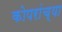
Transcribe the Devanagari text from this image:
कोपरांच्या